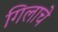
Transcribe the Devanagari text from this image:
गिलाचे